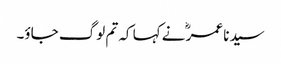
سیدنا عمرؓ نے کہا کہ تم لوگ جاؤ۔